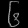
Digit: ၆